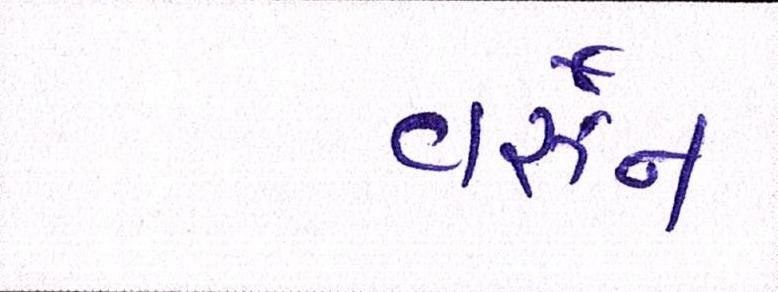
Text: વર્ઝન